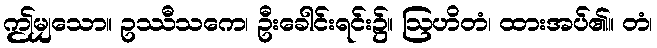
ဤမျှသော။ ဥဿီသကေ၊ ဦးခေါင်းရင်း၌။ ဩဟိတံ၊ ထားအပ်၏။ တံ၊